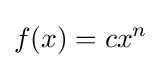
f(x)=cx^{n}